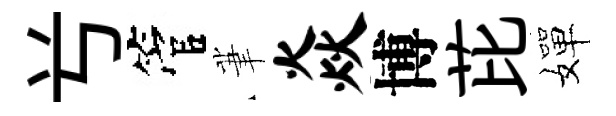
𠔃管茟焱博芘嬋